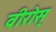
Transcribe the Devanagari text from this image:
वीरोस्